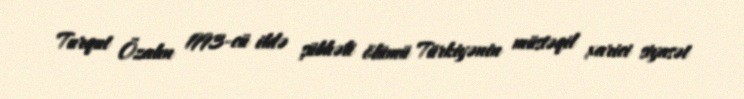
Turqut Özalın 1993-cü ildə şübhəli ölümü Türkiyənin müstəqil xarici siyasət